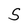
Character: S